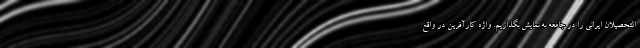
التحصیلان ایرانی را در جامعه به نمایش بگذاریم. واژه کارآفرین در واقع